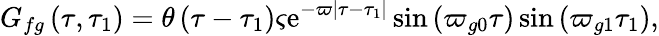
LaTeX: G_{fg}\left(\tau,\tau_{1}\right)=\theta\left(\tau-\tau_{1}\right)\varsigma\mathrm{e}^{-\varpi\left|\tau-\tau_{1}\right|}\sin\left(\varpi_{g0}\tau\right)\sin\left(\varpi_{g1}\tau_{1}\right),